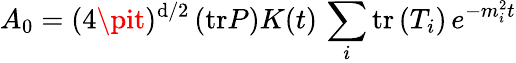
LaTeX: A_{0}=(4\pit)^{\mathrm{d}/2}\left(\mathrm{{tr}}P\right)K(t)\, \sum_{i}\mathrm{{tr}}\left(T_{i}\right)\, e^{-m_{i}^{2}t}